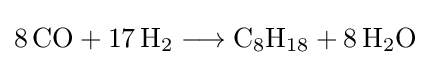
{8\,\mathrm {CO} {}+{}17\,\mathrm {H} {\vphantom {A}}_{\smash[{t}]{2}}{}\mathrel {\longrightarrow } {}\mathrm {C} {\vphantom {A}}_{\smash[{t}]{8}}\mathrm {H} {\vphantom {A}}_{\smash[{t}]{18}}{}+{}8\,\mathrm {H} {\vphantom {A}}_{\smash[{t}]{2}}\mathrm {O} }